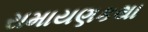
રામાયણકથા